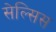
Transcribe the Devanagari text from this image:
सेल्सिस